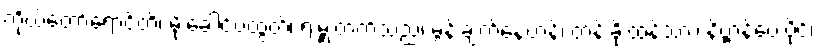
ကိုယ်တော်ရောင်တိ၊ မိုးခေါင်ပထွတ်၊ ရဲးမှူးတက်သည်၊ မွန်းချက်နေဟန်၊ တန်းခိုးထန်သား၊ နိဗ္ဗာန်ပေးပိုင်၊